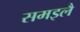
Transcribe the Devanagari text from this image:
समइलै